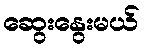
ဆွေးနွေးမယ်